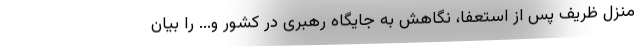
منزل ظریف پس از استعفا، نگاهش به جایگاه رهبری در کشور و... را بیان